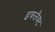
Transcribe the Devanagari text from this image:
इक्जैक्ट